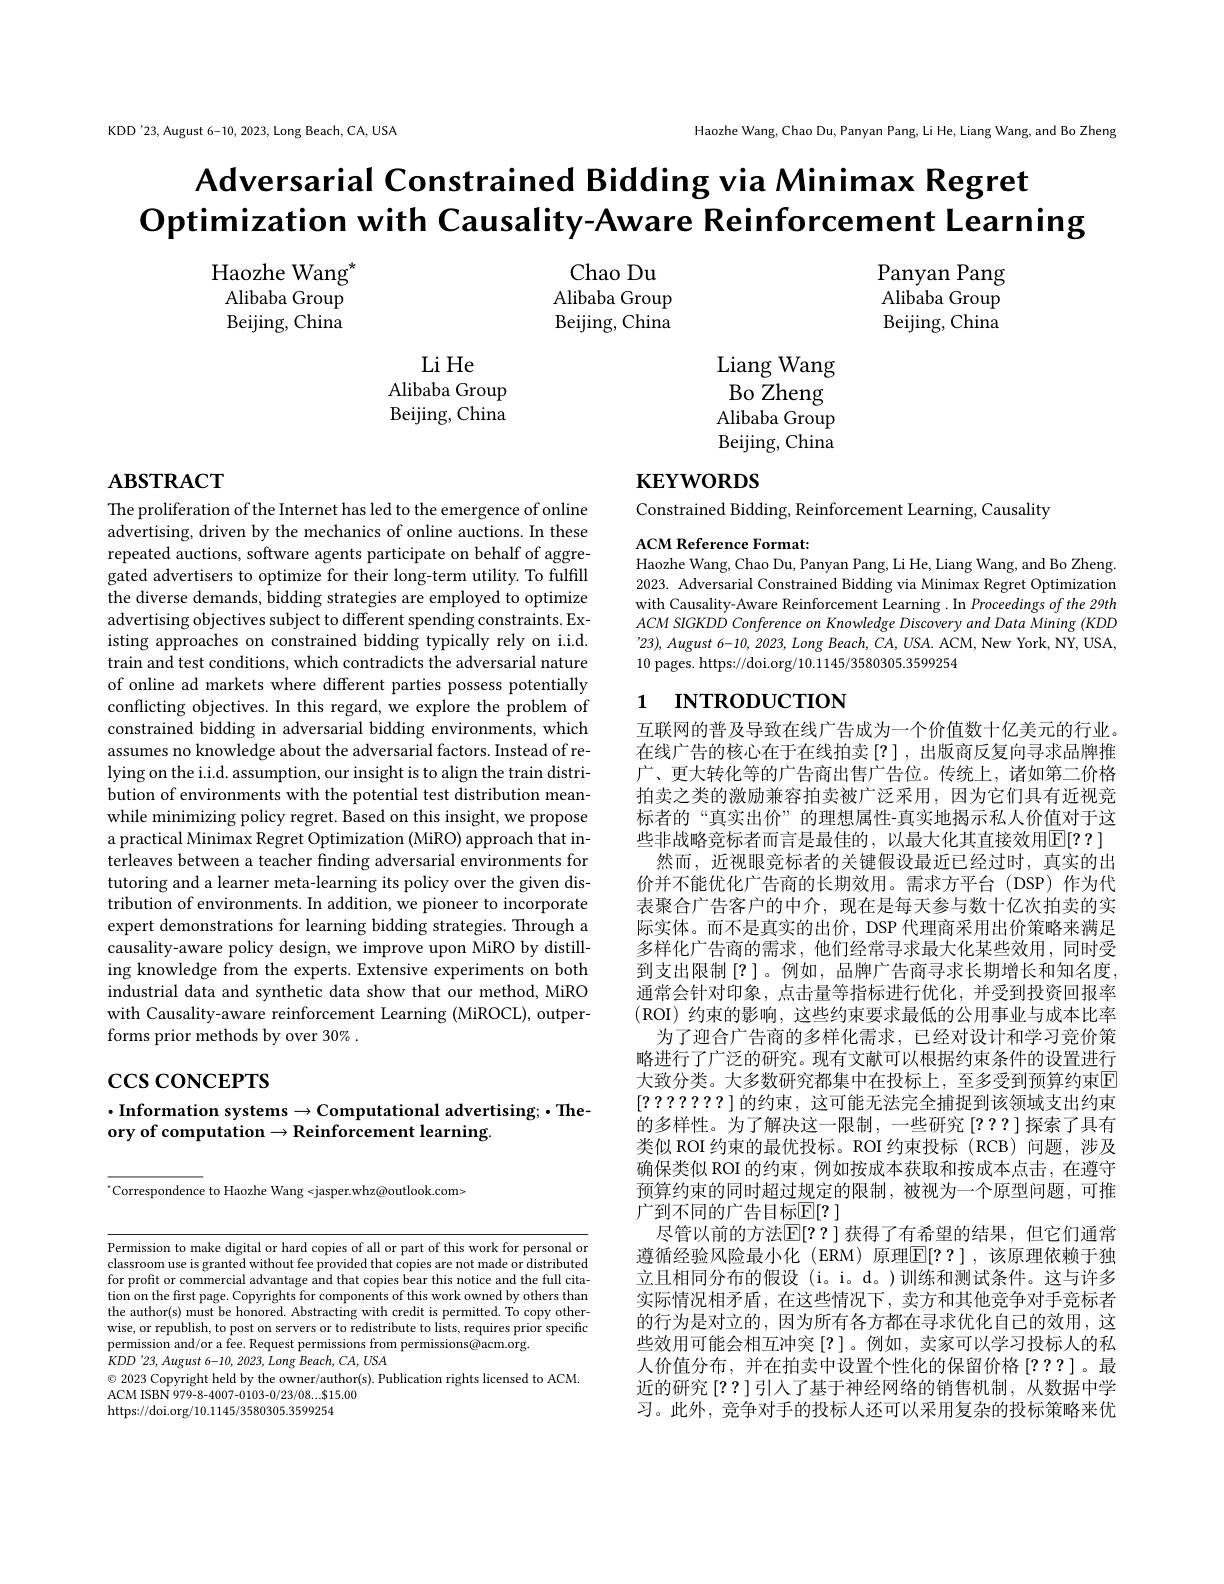
KDD'23, August 6-10, 2023, Long Beach, CA, USA

Haozhe Wang, Chao Du, Panyan Pang, Li He, Liang Wang, and Bo Zheng

Adversarial Constrained Bidding via Minimax Regret
$\textbf{Optimization with Causality- Aware Reinforcement Learning}$

Haozhe Wang$^*$ Alibaba Group Beijing, China

Chao Du Alibaba Group Beijing, China

Panyan Pang Alibaba Group Beijing, China

Li He
Alibaba Group Beijing, China

Liang Wang Bo Zheng Alibaba Group Beijing, China

# $\mathbf{ABSTRACT}$

# кет $w$овоз

Constrained Bidding, Reinforcement Learning, Causality

ACM Reference Format:
Haozhe Wang, Chao Du, Panyan Pang, Li He, Liang Wang, and Bo Zheng. 2023. Adversarial Constrained Bidding via Minimax Regret Optimization with Causality-Aware Reinforcement Learning . In Proceedings of the 29th ACM SIGKDD Conference on Knowledge Discovery and Data Mining (KDD '23), August 6-10, 2023, Long Beach, $\bar{CA},USA.$ ACM, New York, NY, USA, 10 pages. https://doi.org/10.1145/3580305.3599254

## 1 INTRODUCTION

The proliferation of the Internet has led to the emergence of online advertising, driven by the mechanics of online auctions. In these repeated auctions, software agents participate on behalf of aggregated advertisers to optimize for their long-term utility. To fulfill the diverse demands, bidding strategies are employed to optimize advertising objectives subject to different spending constraints. Existing approaches on constrained bidding typically rely on i.i.d. train and test conditions, which contradicts the adversarial nature of online ad markets where different parties possess potentially conflicting objectives. In this regard, we explore the problem of constrained bidding in adversarial bidding environments, which assumes no knowledge about the adversarial factors. Instead of relying on the i.i.d. assumption, our insight is to align the train distribution of environments with the potential test distribution meanwhile minimizing policy regret. Based on this insight, we propose a practical Minimax Regret Optimization (MiRO) approach that interleaves between a teacher finding adversarial environments for tutoring and a learner meta-learning its policy over the given distribution of environments. In addition, we pioneer to incorporate expert demonstrations for learning bidding strategies. Through a causality-aware policy design, we improve upon MiRO by distilling knowledge from the experts. Extensive experiments on both industrial data and synthetic data show that our method, MiRO with Causality-aware reinforcement Learning (MiROCL), outperforms prior methods by over 30% .

互联网的普及导致在线广告成为一个价值数十亿美元的行业。在线广告的核心在于在线拍卖[?],出版商反复向寻求品牌推广、更大转化等的广告商出售广告位。传统上，诸如第二价格拍卖之类的激励兼容拍卖被广泛采用，因为它们具有近视竞标者的“真实出价”的理想属性-真实地揭示私人价值对于这些非战略竞标者而言是最佳的，以最大化其直接效用$\mathbb{E}[??]$
然而，近视眼竞标者的关键假设最近已经过时，真实的出价并不能优化广告商的长期效用。需求方平台(DSP)作为代表聚合广告客户的中介，现在是每天参与数十亿次拍卖的实际实体。而不是真实的出价，DSP 代理商采用出价策略来满足多样化广告商的需求，他们经常寻求最大化某些效用，同时受到支出限制[?]。例如，品牌广告商寻求长期增长和知名度通常会针对印象，点击量等指标进行优化，并受到投资回报率(ROI) 约束的影响，这些约束要求最低的公用事业与成本比率
为了迎合广告商的多样化需求，已经对设计和学习竞价策略进行了广泛的研究。现有文献可以根据约束条件的设置进行大致分类。大多数研究都集中在投标上，至多受到预算约束回[???????]的约束，这可能无法完全捕捉到该领域支出约束的多样性。为了解决这一限制，一些研究[??]探索了具有类似 ROI 约束的最优投标。ROI 约束投标(RCB)问题，涉及确保类似 ROI 的约束，例如按成本获取和按成本点击，在遵守预算约束的同时超过规定的限制，被视为一个原型问题，可推广到不同的广告目标$\mathbb{E}[?]$
尽管以前的方法$\mathbb{E}[??]$ 获得了有希望的结果，但它们通常遵循经验风险最小化 (ERM) 原理$\boxed{\mathbb{E}}[??]$ ,该原理依赖于独立且相同分布的假设(i。i。d。)训练和测试条件。这与许多实际情况相矛盾，在这些情况下，卖方和其他竞争对手竞标者的行为是对立的，因为所有各方都在寻求优化自己的效用，这些效用可能会相互冲突[?]。例如，卖家可以学习投标人的私人价值分布，并在拍卖中设置个性化的保留价格[???]。最近的研究[??]引人了基于神经网络的销售机制，从数据中学习。此外，竞争对手的投标人还可以采用复杂的投标策略来优

# $\csc\cos$coNCEPTS

## $\cdot$Information systems$\to$Computational advertising;$\cdot$Theory of computation$\to$Reinforcement learning

$^{*}$Correspondence to Haozhe Wang <jasper.whz@outlook.com>

Permission to make digital or hard copies of all or part of this work for personal or classroom use is granted without fee provided that copies are not made or distributed for profit or commercial advantage and that copies bear this notice and the full citation on the first page. Copyrights for components of this work owned by others than the author(s) must be honored. Abstracting with credit is permitted. To copy otherwise, or republish, to post on servers or to redistribute to lists, requires prior specific permission and/or a fee. Request permissions from permissions@acm.org
$KDD^{\prime}23,August$ 6-10, 2023, Long Beach, CA, USA
$\odot$ 2023 Copyright held by the owner/author(s). Publication rights licensed to ACM.
ACM ISBN 979-8-4007-0103-0/23/08....815.00
https://doi.org/10.1145/3580305.3599254